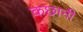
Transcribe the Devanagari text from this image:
कछानी